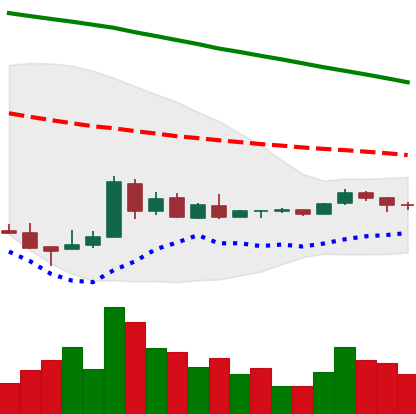
Ticker: XRP-USD
Chart end date: 2018-08-31
Forward return: -15.427%
Label: down_7plus